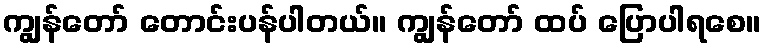
ကျွန်တော် တောင်းပန်ပါတယ်။ ကျွန်တော် ထပ် ပြောပါရစေ။